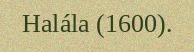
Halála (1600).